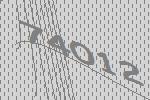
74012